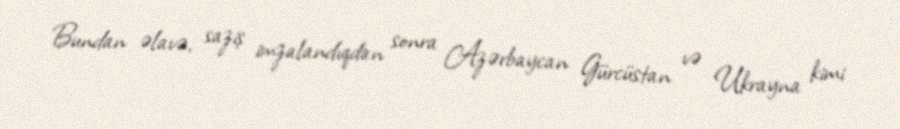
Bundan əlavə, saziş imzalandıqdan sonra Azərbaycan Gürcüstan və Ukrayna kimi